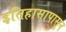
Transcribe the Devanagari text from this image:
इतिहासापासून